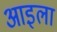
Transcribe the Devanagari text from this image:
आइला